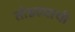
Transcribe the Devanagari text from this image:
तोडल्याची